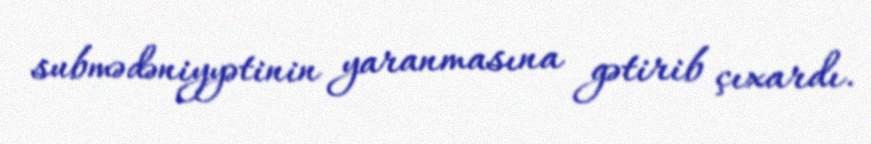
submədəniyyətinin yaranmasına gətirib çıxardı.